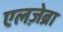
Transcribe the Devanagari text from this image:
एलज़ेब्रा